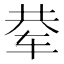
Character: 𰺅